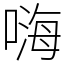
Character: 嗨